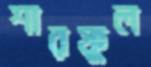
শারফুল